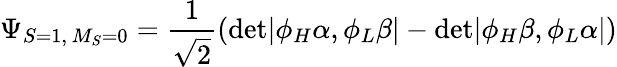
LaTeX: \Psi_{S=1,\, M_{S}=0}=\frac{1}{\sqrt 2}\left(\mathrm{det}|\phi_{H}\alpha,\phi_{L}\beta|-\mathrm{det}|\phi_{H}\beta,\phi_{L}\alpha|\right)